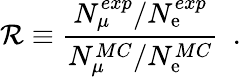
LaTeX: \mathcal{R}\equiv{\frac{{N_{\mu}^{exp}/N_{\mathrm{{e}}}^{exp}}}{{N_{\mu}^{MC}/N_{\mathrm{{e}}}^{MC}}}}\ \ .